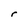
Character: r